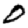
Digit: 0